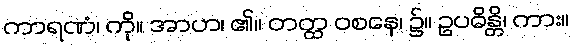
ကာရဏံ၊ ကို။ အာဟ၊ ၏။ တတ္ထ ဝစနေ၊ ၌။ ဥပဓိန္တိ၊ ကား။